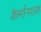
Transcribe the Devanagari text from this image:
केर्मानशाह